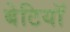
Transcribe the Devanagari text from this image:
बेटियाॅ